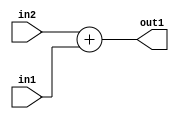
`timescale 1ps / 1ps
/*****************************************************************************
    Verilog RTL Description
    
    
    Created by: Stratus DpOpt 21.05.01 
*******************************************************************************/

module SobelFilter_Add_5Ux3U_6S_1 (
	in2,
	in1,
	out1
	); /* architecture "behavioural" */ 
input [4:0] in2;
input [2:0] in1;
output [5:0] out1;
wire [5:0] asc001;

assign asc001 = 
	+(in2)
	+(in1);

assign out1 = asc001;
endmodule

/* CADENCE  ubD1SQ4= : u9/ySxbfrwZIxEzHVQQV8Q== ** DO NOT EDIT THIS LINE ******/